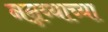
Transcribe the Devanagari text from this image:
नन्नय्याच्या